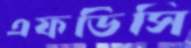
এফডিসি